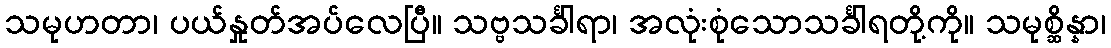
သမုဟတာ၊ ပယ်နှုတ်အပ်လေပြီ။ သဗ္ဗသင်္ခါရာ၊ အလုံးစုံသောသင်္ခါရတို့ကို။ သမုစ္ဆိန္နာ၊